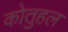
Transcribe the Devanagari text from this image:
कोतुहल